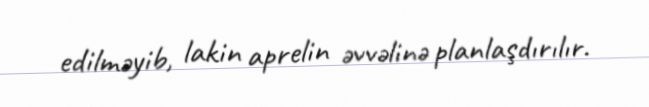
edilməyib, lakin aprelin əvvəlinə planlaşdırılır.